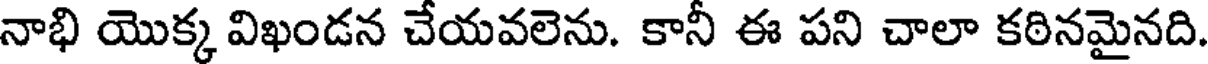
నాభి యొక్క విఖండన చేయవలెను. కానీ ఈ పని చాలా కఠినమైనది.